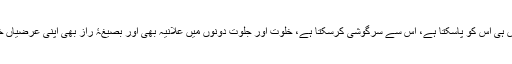
تم میں سے ایک ایک شخص اپنے پاس ہی اس کو پاسکتا ہے، اس سے سرگوشی کرسکتا ہے، خلوت اور جلوت دونوں میں علانیہ بھی اور بصیغۂ راز بھی اپنی عرضیاں خود اس کے حضور پیش کرسکتا ہے۔